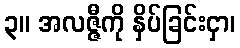
၃။ အလဇ္ဇီကို နှိပ်ခြင်းငှာ၊